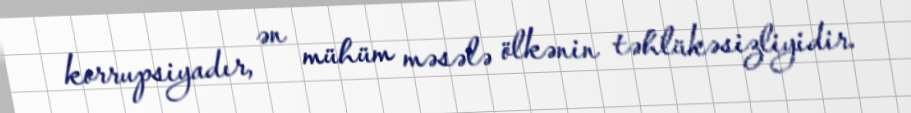
korrupsiyadır, ən mühüm məsələ ölkənin təhlükəsizliyidir.